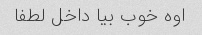
اوه خوب بیا داخل لطفا